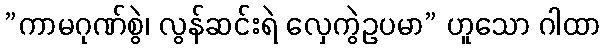
”ကာမဂုဏ်စွဲ၊ လွန်ဆင်းရဲ လှေကွဲဥပမာ” ဟူသော ဂါထာ